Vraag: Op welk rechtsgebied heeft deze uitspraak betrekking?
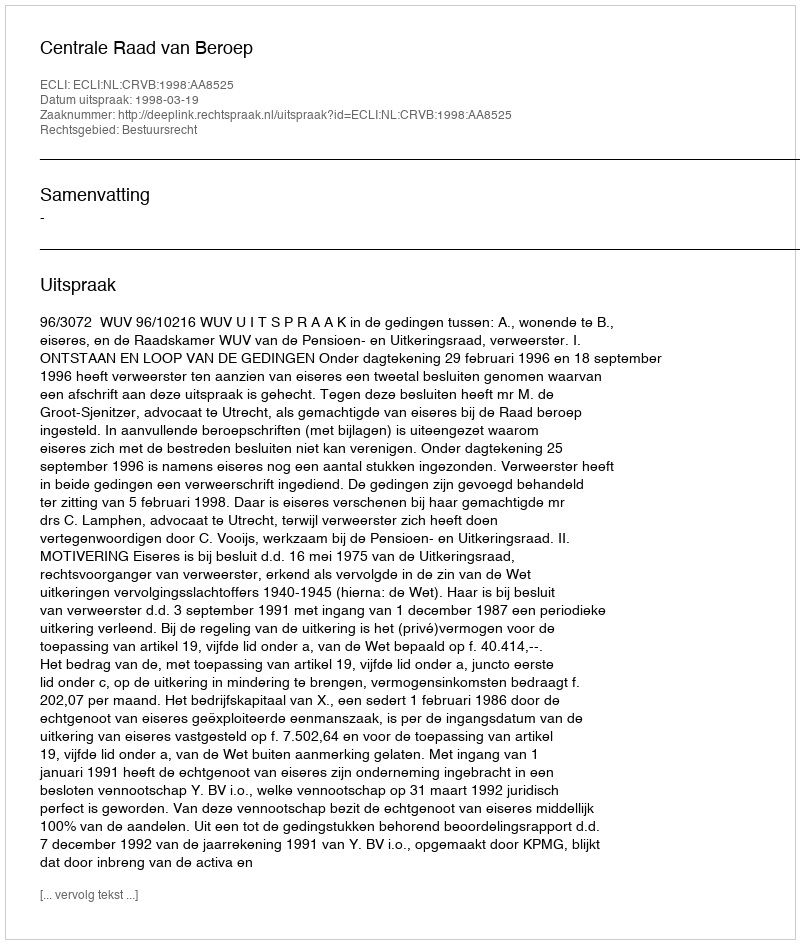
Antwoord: Bestuursrecht